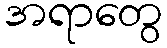
အရာတွေ